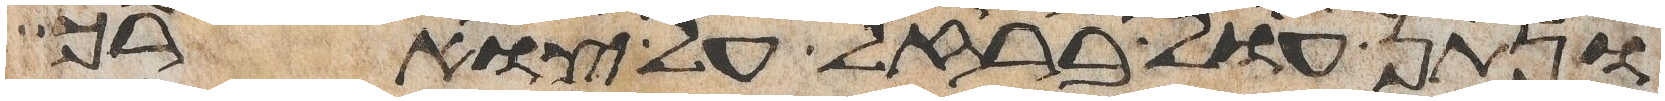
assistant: ונתן עול ברזל על צוארך